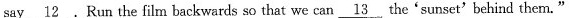
say \underline{12}.Run the film backwards so that we can \underline{13} the'sunset'behind them."